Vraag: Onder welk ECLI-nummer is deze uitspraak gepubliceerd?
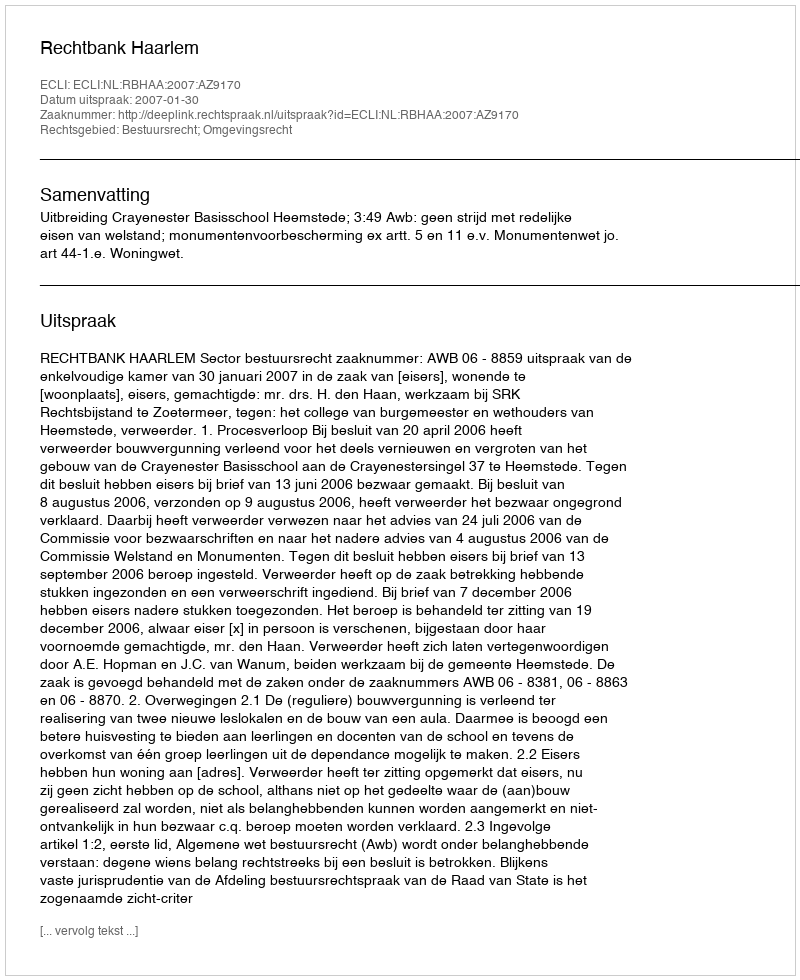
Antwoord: ECLI:NL:RBHAA:2007:AZ9170